Report on plague and inoculation in the Punjab from October 1st ... to September 30th..., being the ... season of plague in the province
Disease focus: Plague
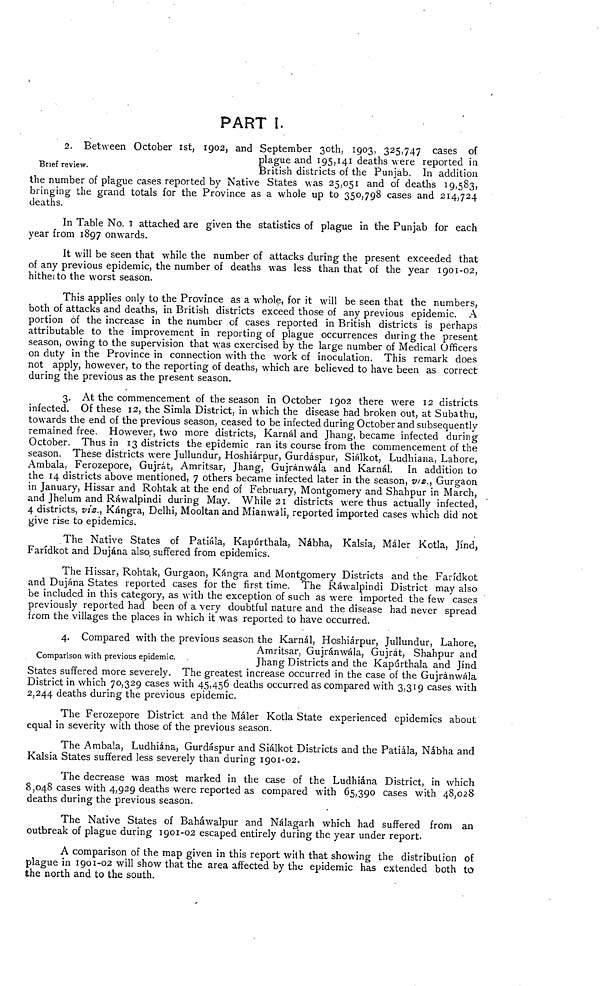
PART I.
Brief review.
2. Between October 1st, 1902, and September 30th, 1903, 325,747 cases of
plague and 195,141 deaths were reported in
British districts of the Punjab. In addition
the number of plague cases reported by Native States was 25,051 and of deaths 19,583,
bringing the grand totals for the Province as a whole up to 350,798 cases and 214,724
deaths.
In Table No. 1 attached are given the statistics of plague in the Punjab for each
year from 1897 onwards.
It will be seen that while the number of attacks during the present exceeded that
of any previous epidemic, the number of deaths was less than that of the year 1901-02,
hitheito the worst season.
This applies only to the Province as a whole, for it will be seen that the numbers,
both of attacks and deaths, in British districts exceed those of any previous epidemic. A
portion of the increase in the number of cases reported in British districts is perhaps
attributable to the improvement in reporting of plague occurrences during the present
season, owing to the supervision that was exercised by the large number of Medical Officers
on duty in the Province in connection with the work of inoculation. This remark does
not apply, however, to the reporting of deaths, which are believed to have been as correct
during the previous as the present season.
3. At the commencement of the season in October 1902 there were 12 districts
infected. Of these 12, the Simla District, in which the disease had broken out, at Subathu,
towards the end of the previous season, ceased to be infected during October and subsequently
remained free. However, two more districts, Karnál and Jhang, became infected during
October. Thus in 13 districts the epidemic ran its course from the commencement of the
season. These districts were Jullundur, Hoshiárpur, Gurdáspur, Siálkot, Ludhiana, Lahore,
Ambala, Ferozepore, Gujrát, Amritsar, Jhang, Gujránwála and Karnál. In addition to
the 14 districts above mentioned, 7 others became infected later in the season, v/z., Gurgaon
in January, Hissar and Rohtak at the end of February, Montgomery and Shahpur in March,
and Jhelum and Rawalpindi during May. While 21 districts were thus actually infected,
4 districts, viz., Kángra, Delhi, Mooltan and Mianwali, reported imported cases which did not
give rise to epidemics.
The Native States of Patiála, Kapúrthala, Nábha., Kalsia, Máler Kotla, Jínd,
Farídkot and Dujána also, suffered from epidemics.
The Hissar, Rohtak, Gurgaon, Kángra and Montgomery Districts and the Farídkot
and Dujána States reported cases for the first time. The Rawalpindi District may also
be included in this category, as with the exception of such as were imported the few cases
previously reported had been of a very doubtful nature and the disease had never spread
from the villages the places in which it was reported to have occurred.
Comparison with previous epidemic.
4. Compared with the previous season the Karnál, Hoshiárpur, Jullundur, Lahore,
Amritsar, Gujránwála, Gujrát, Shahpur and
Jhang Districts and the Kapúrthala and Jínd
States suffered more severely. The greatest increase occurred in the case of the Gujránwála
District in which 70,329 cases with 45,456 deaths occurred as compared with 3,319 cases with
2,244 deaths during the previous epidemic.
The Ferozepore District and the Máler Kotla State experienced epidemics about
equal in severity with those of the previous season.
The Ambala, Ludhiana, Gurdáspur and Siálkot Districts and the Patiála, Nábha and
Kalsia States suffered less severely than during 1901-02.
The decrease was most marked in the case of the Ludhiana District, in which
8,048 cases with 4,929 deaths were reported as compared with 65,390 cases with 48,028
deaths during the previous season.
The Native States of Baháwalpur and Nálagarh which had suffered from an
outbreak of plague during 1901-02 escaped entirely during the year under report.
A comparison of the map given in this report with that showing the distribution of
plague in 1901-02 will show that the area affected by the epidemic has extended both to
the north and to the south.